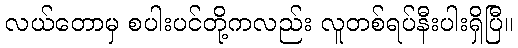
လယ်တောမှ စပါးပင်တို့ကလည်း လူတစ်ရပ်နီးပါးရှိပြီ။